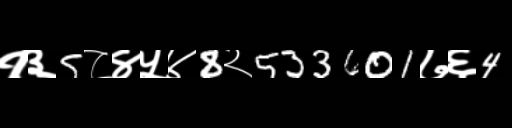
Text: १३5८४५४8२533601७६4